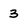
Character: 3